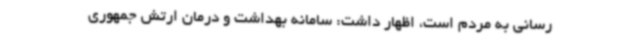
‌رسانی به مردم است، اظهار داشت: سامانه بهداشت و درمان ارتش جمهوری